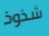
شذوذ